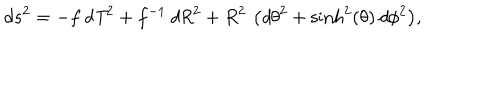
LaTeX: d s ^ { 2 } = { \displaystyle - f \, { \it d T } ^ { 2 } + f ^ { - 1 } \, { \it d R } ^ { 2 } + R ^ { 2 } \, \left( { \it d \theta } ^ { 2 } + \sinh ^ { 2 } ( \theta ) \, { \it d \phi } ^ { 2 } \right) } ,